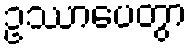
ဥဿာပေတွာ